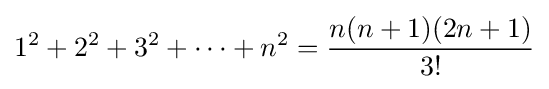
1^{2}+2^{2}+3^{2}+\cdots +n^{2}={n(n+1)(2n+1) \over 3!}